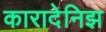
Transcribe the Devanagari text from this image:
कारादेनिझ